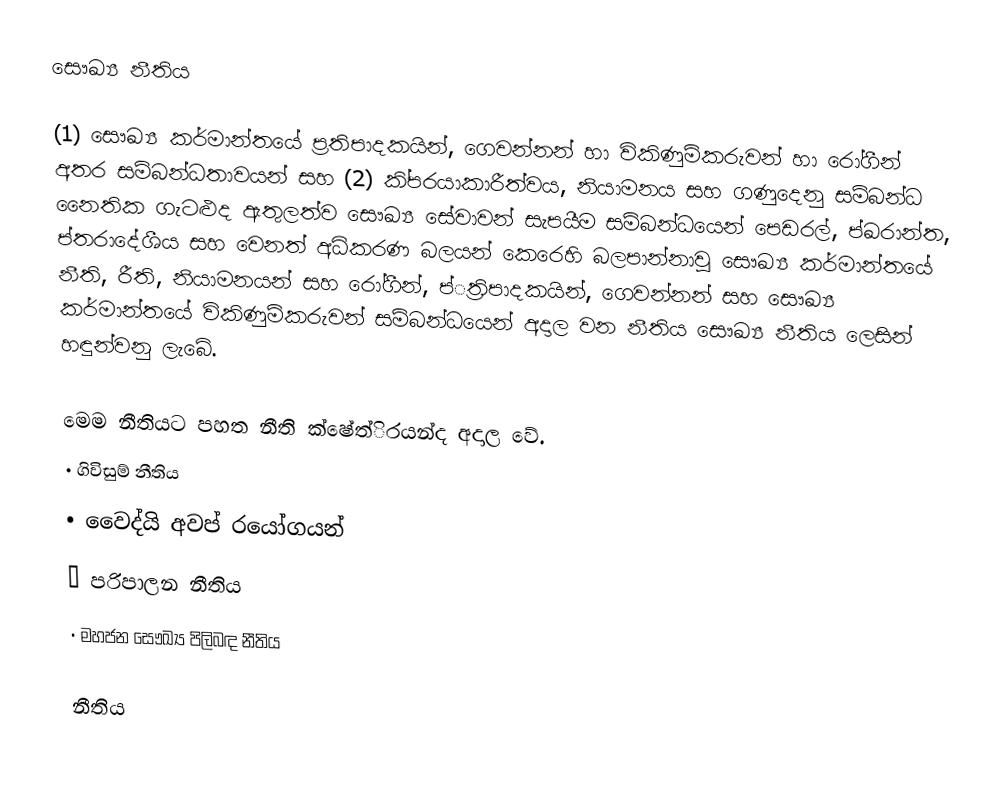
සෞඛ්‍ය නීතිය

(1) සෞඛ්‍ය කර්මාන්තයේ ප්‍රතිපාදකයින්, ගෙවන්නන් හා විකිණුම්කරුවන් හා රෝගීන් අතර සම්බන්ධතාවයන් සහ (2) කි්ප‍රයාකාරීත්වය, නියාමනය සහ ගණුදෙනු සම්බන්ධ නෛතික ගැටළුද ඇතුලත්ව සෞඛ්‍ය සේවාවන් සැපයීම සම්බන්ධයෙන් පෙඩරල්, ප්ඛ‍රාන්ත, ප්ත‍රාදේශීය සහ වෙනත් අධිකරණ බලයන් කෙරෙහි බලපාන්නාවූ සෞඛ්‍ය කර්මාන්තයේ නීති, රීති, නියාමනයන් සහ රෝගීන්, ප්්‍රතිපාදකයින්, ගෙවන්නන් සහ සෞඛ්‍ය කර්මාන්තයේ විකිණුම්කරුවන් සම්බන්ධයෙන් අදාල වන නීතිය සෞඛ්‍ය නීතිය ලෙසින් හඳුන්වනු ලැබේ.

මෙම නීතියට පහත නීති ක්ෂේත්ි‍රයන්ද අදාල වේ.
•	ගිවිසුම් නීතිය
•	වෛද්යි අවප් ‍රයෝගයන්
•	පරිපාලන නීතිය
•	මහජන සෞඛ්‍ය පිලිබඳ නීතිය

නීතිය